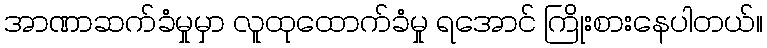
အာဏာဆက်ခံမှုမှာ လူထုထောက်ခံမှု ရအောင် ကြိုးစားနေပါတယ်။